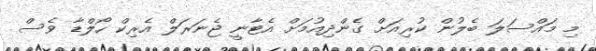
މި މައްސަލަ ބެލުން ކުރިއަށް ގެންދިއުމަށް އެޓާނީ ޖެނަރަލް އެރިކް ހޯލްޑާ ވެސް